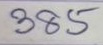
385